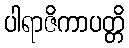
ပါရာဇိကာပတ္တိ